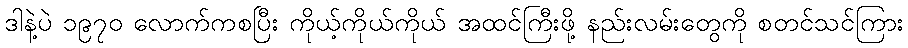
ဒါနဲ့ပဲ ၁၉၇၀ လောက်ကစပြီး ကိုယ့်ကိုယ်ကိုယ် အထင်ကြီးဖို့ နည်းလမ်းတွေကို စတင်သင်ကြား